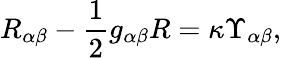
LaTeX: R_{\alpha\beta}-\frac{1}{2}g_{\alpha\beta}R=\kappa\Upsilon_{\alpha\beta},